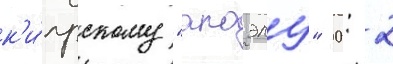
к'и́прскому "апоэлу" 0: 2